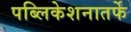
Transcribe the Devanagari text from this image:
पब्लिकेशनातर्फे